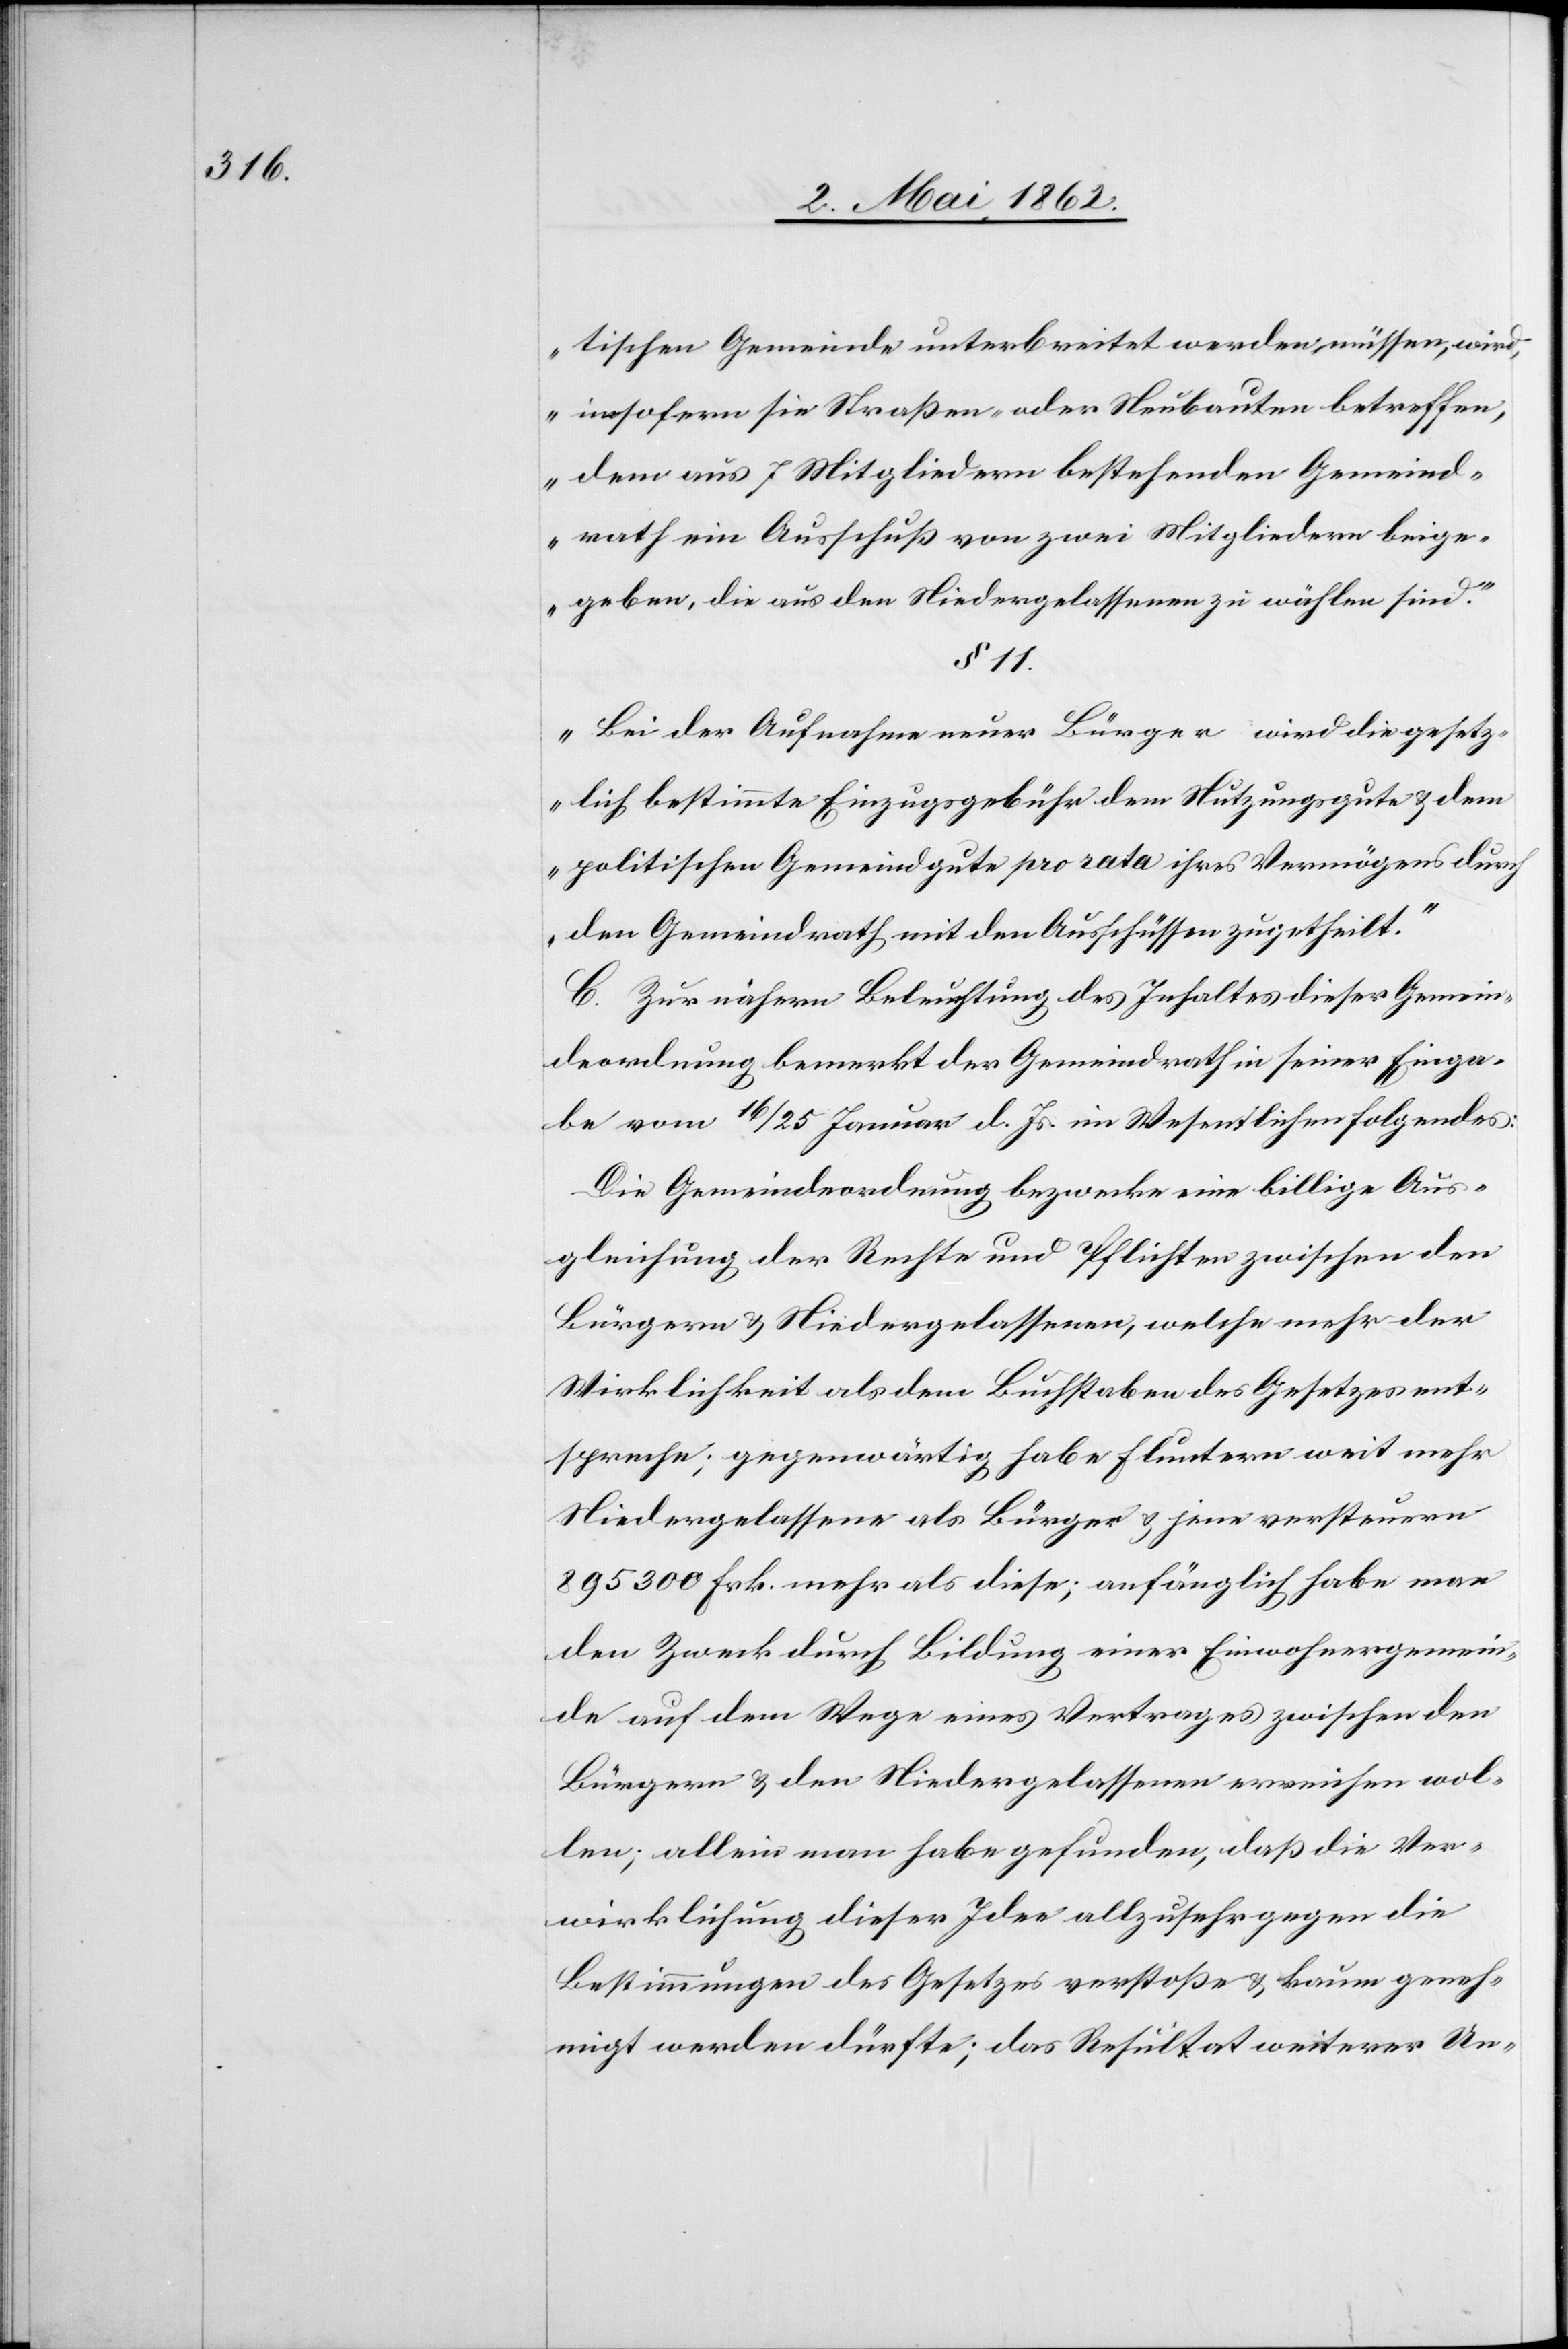
tischen Gemeinde unterbreitet werden müssen, wird,
insofern sie Straßen- oder Neubauten betreffen,
dem aus 7 Mitgliedern bestehenden Gemeind¬
rath ein Ausschuß von zwei Mitgliedern beige¬
geben, die aus den Niedergelassenen zu wählen sind.“
§ 11.
„Bei der Aufnahme neuer Bürger wird die gesetz¬
lich bestimmte Einzugsgebühr dem Nutzungsgute & dem
politischen Gemeindgute pro rata ihres Vermögens durch
den Gemeindrath mit den Ausschüssen zugetheilt.“
C. Zur nähern Beleuchtung des Inhaltes dieser Gemein¬
deordnung bemerkt der Gemeindrath in seiner Einga¬
be vom 16/25 Januar d. Js. im Wesentlichen folgendes:
Die Gemeindeordnung bezwecke eine billige Aus¬
gleichung der Rechte und Pflichten zwischen den
Bürgern & Niedergelassenen, welche mehr der
Wirklichkeit als dem Buchstaben des Gesetzes ent¬
spreche; gegenwärtig habe Fluntern weit mehr
Niedergelassene als Bürger & jene versteuern
895 300 Frk. mehr als diese; anfänglich habe man
den Zweck durch Bildung einer Einwohnergemein¬
de auf dem Wege eines Vertrages zwischen den
Bürgern & den Niedergelassenen erreichen wol¬
len; allein man habe gefunden, daß die Ver¬
wirklichung dieser Idee allzusehr gegen die
Bestimmungen des Gesetzes verstoße & kaum geneh¬
migt werden dürfte; das Resultat weiterer Un-